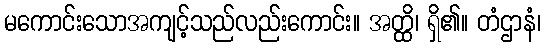
မကောင်းသောအကျင့်သည်လည်းကောင်း။ အတ္ထိ၊ ရှိ၏။ တံဌာနံ၊